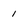
Character: 1